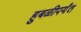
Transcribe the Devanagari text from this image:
हुबळीपर्यंत